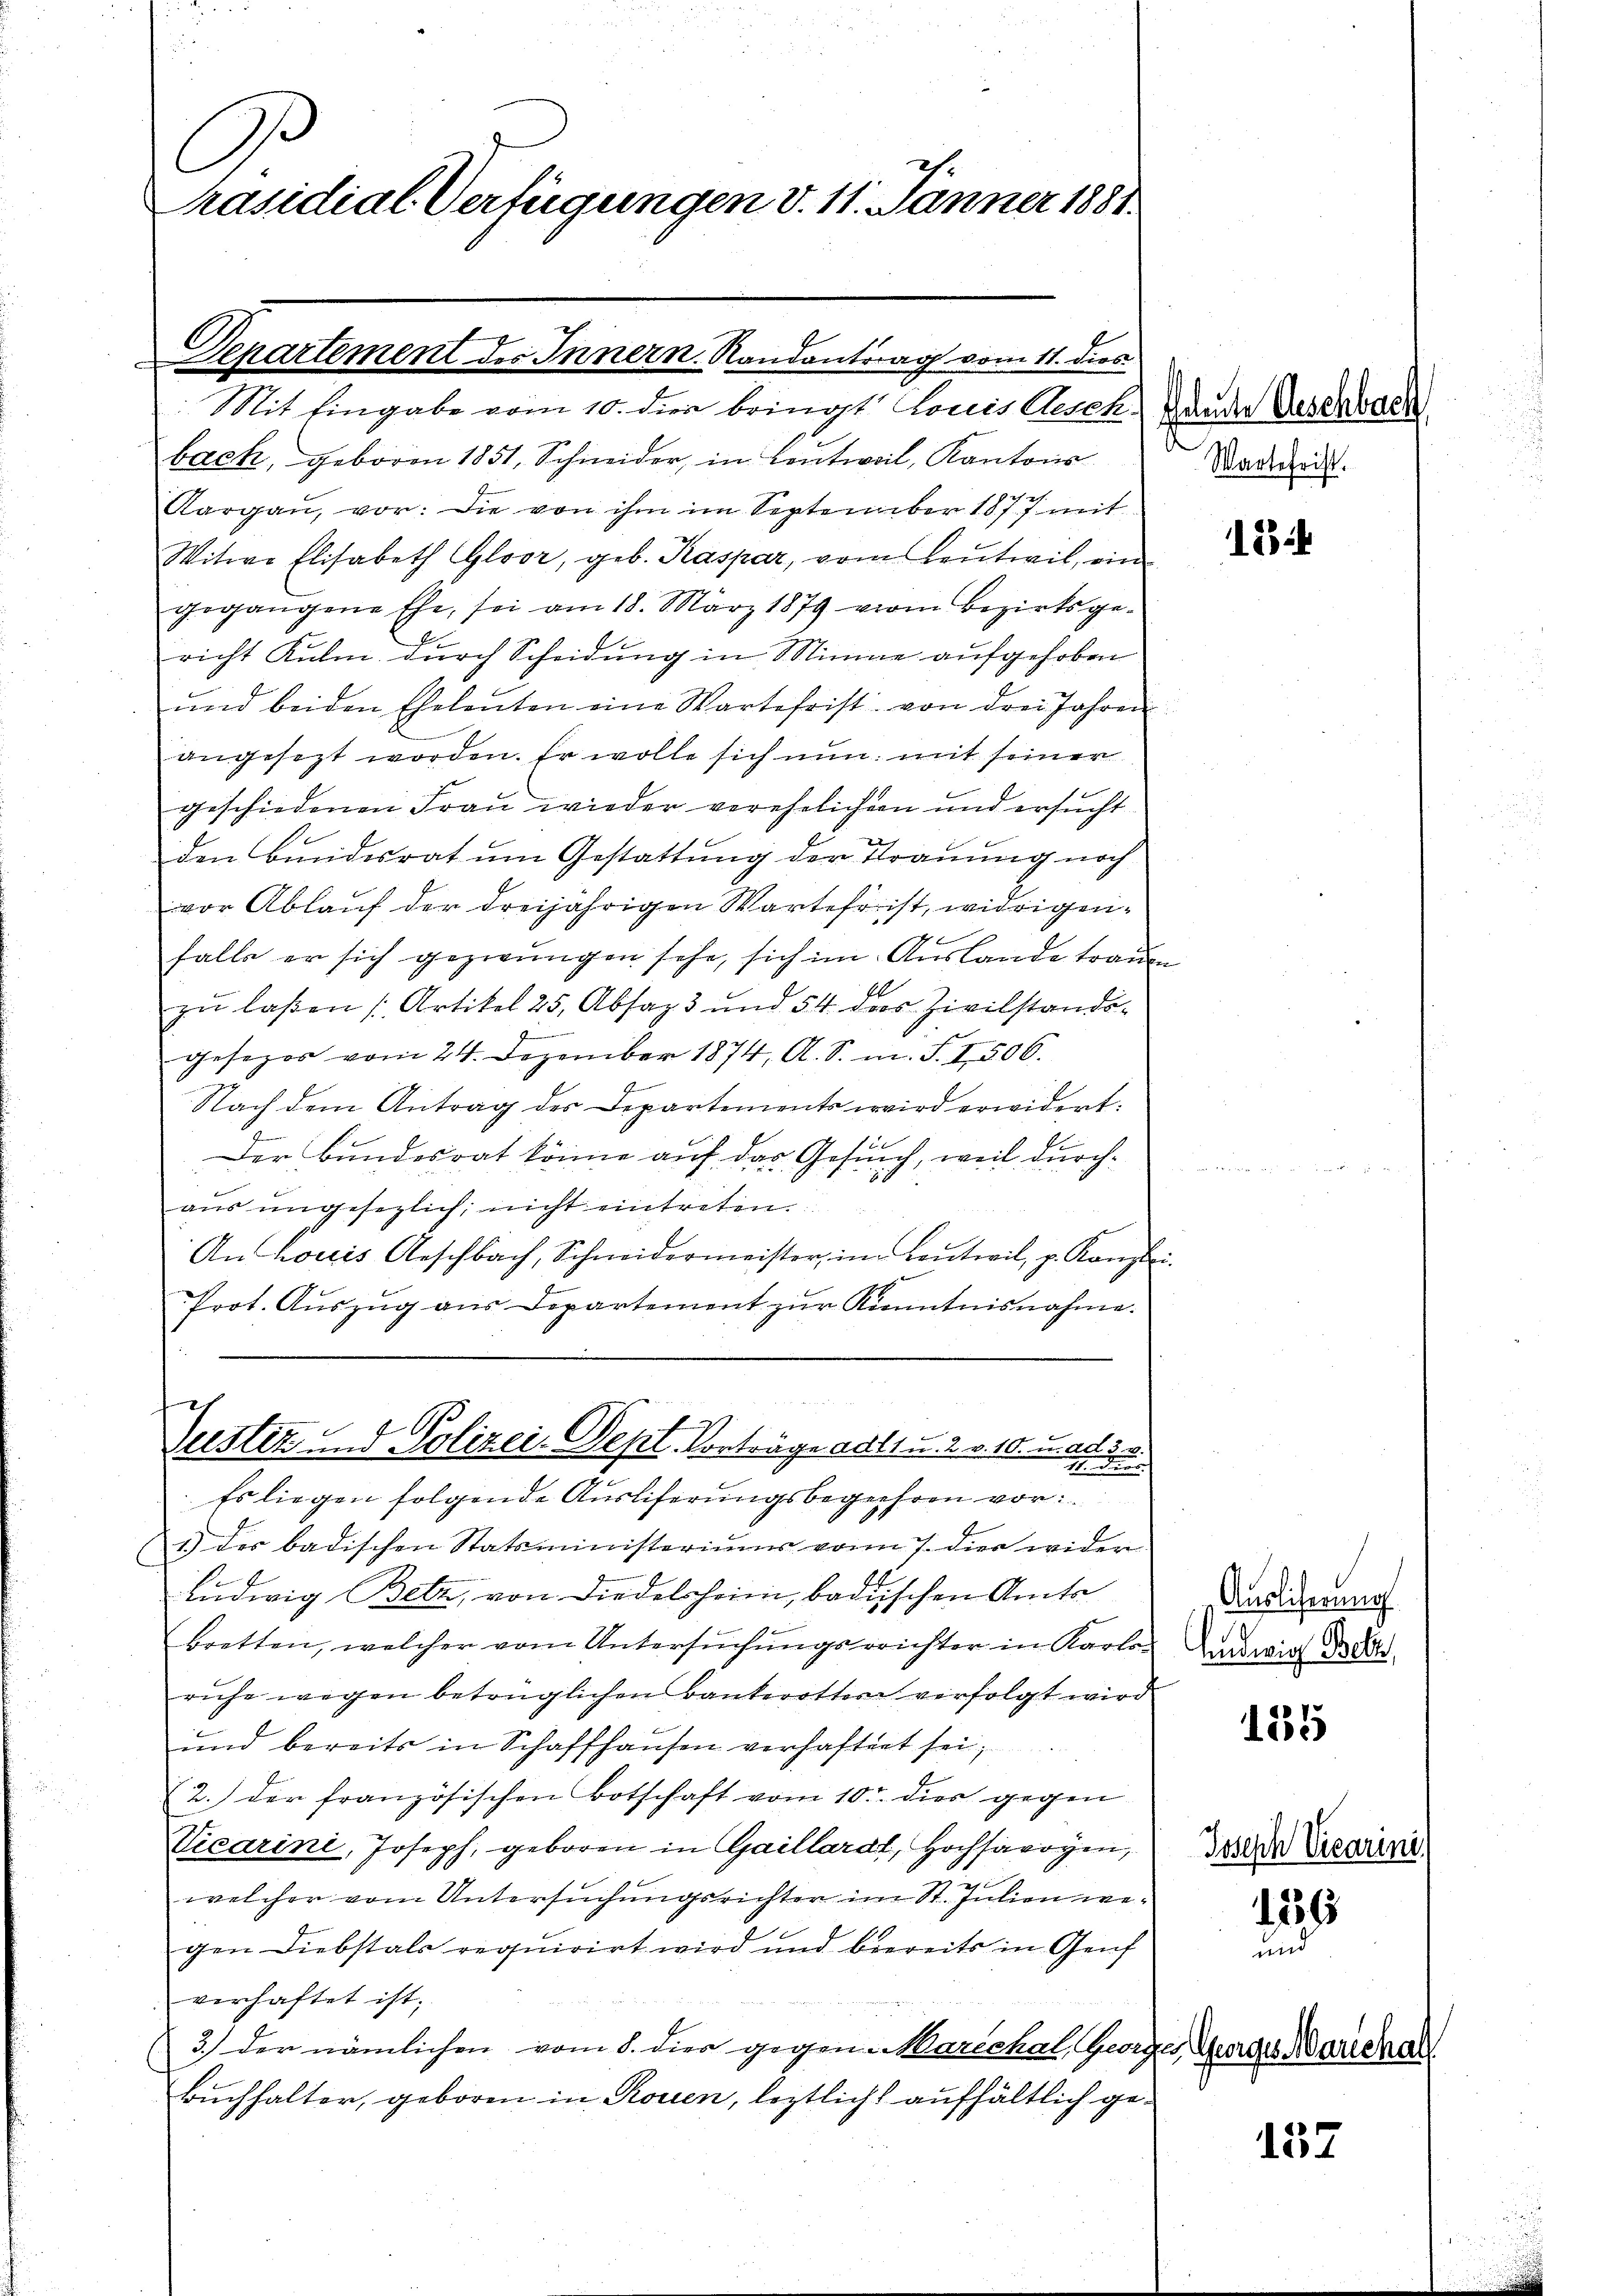
C
räsidial-Verfügungen v. 11. Jänner 1881.

bach, geboren 1851, Schneider, in Leutweil, Kantons
Aargaŭ, vor: die von ihm im September 1877 mit
Witwe Elisabeth Gloor, geb. Kaspar, vom Leŭtwil ein
gegangene Ehe, sei am 18. März 1879 vom Bezirksge-
richt Kulm, durch Scheidung in Miniae aufgehoben
ŭnd beiden Eheleuten eine Wartefrist von drei Jahren
angesezt worden. Er wolle sich nun mit seiner
geschiedenen Frau wieder verehelichen und ersucht
den Bundesrat um Gestattung der Trauung noch
vor Ablauf der dreijährigen Warter ist, widrigenfalle er sich gezwungen sehe, sich im Auslande trauen
zŭ laßen Artikel 25, Absaz 3 und 54 das Zivilstands-
gesezes vom 24. Dezember 1874, A. S. m. S. I506.
Nach dem Antrag des Departements wird erwidert:
Der Bundesrat könne auf das Gesuch, weil durchaŭs ŭngesezlich nicht eintreten.
An Louis Geschbach, Schneidermeister, im Laŭtwil, p. Kanzlei
17
Prot. Auszug aus Departement zur Kenntnisnahme.

Genartement des Innern. Randantrag vom 11. dies
Mit Eingabe vom 10. dien bringt Louis Gesch, Hander Geserbach

e
Geister und Polizei-Dept. Vorträge ad 11 u. 2. v. 10. u a
Es liegen folgende Ausliferungsbegehren vor

1) der badischen Statsministeriums von 7. dies wider
Ludwig Betz, von Diedelsheim, badischen Amts
bretten, welcher vom Untersuchungsreichter in Karloruhe wegen betrüglichen Bankerotter verfolgt wird
und bereits in Schaffhausen verhaftigt sei,
12.) der französischen Botschaft vom 10. dies gegen
Vicarini, Joseph, geboren in Gaillardt, Hochsavoyen,
welcher vom Untersuchungsrichter im St. Julien wegen Diebstals requirirt wird und beereits in Genf
verhaftet ist.
3.) Der nämlichen vom 8. dies gegen Marechal, Georges Gurges Marieha
Buchhalter, geboren in Rouen, leztlicht aufhältlich ge¬

Wartefrist.

i

154

Auslieferung
Andwig Bett,

155

Joseph Vicarini.

136
nd

157